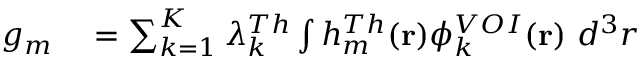
\begin{array} { r l } { g _ { m } } & { { } = \sum _ { k = 1 } ^ { K } \lambda _ { k } ^ { T h } \int h _ { m } ^ { T h } ( \mathbf { r } ) \phi _ { k } ^ { V O I } ( \mathbf { r } ) ~ d ^ { 3 } r } \end{array}